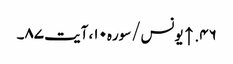
۴۶. ↑ یونس/سوره۱۰، آیت ۸۷۔